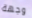
وجهة